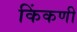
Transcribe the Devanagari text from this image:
किंकणी